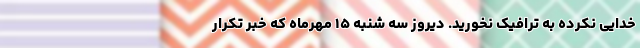
خدایی نکرده به ترافیک نخورید. دیروز سه شنبه ۱۵ مهرماه که خبر تکرار